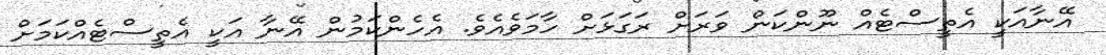
އޭނާއަކީ އެތީސްޓެއް ނޫންކަން ވަރަށް ރަގަޅަށް ހާމަވެއެވެ. އެހެންކަމުން އޭނާ އަކީ އެތީސްޓެއްކަމަށް